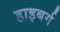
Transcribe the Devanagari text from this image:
हाइबर्ग